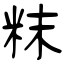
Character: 粖